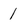
Character: 1